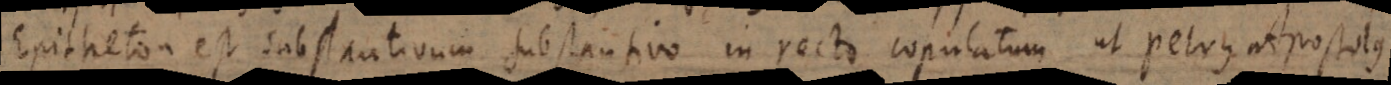
Epitheton est substantivum substantivo in recto copulatum, ut Petrus Apostolus.